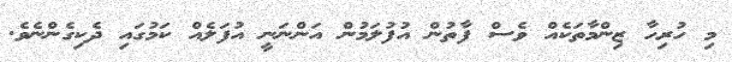
މި ހުރިހާ ޒިންމާތަކެއް ވެސް ފާތުން އުފުލަމުން އަންނަނީ އުފަލެއް ކަމުގައި ދެކިގެންނެވެ.